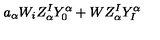
a _ { \alpha } W _ { i } Z _ { \alpha } ^ { I } Y _ { 0 } ^ { \alpha } + W Z _ { \alpha } ^ { I } Y _ { I } ^ { \alpha }